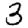
Digit: 3